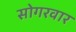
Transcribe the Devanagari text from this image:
सोगरवार